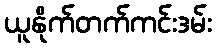
ယူနိုက်တက်ကင်းဒမ်း